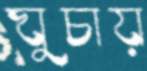
ঘুচায়